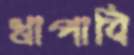
খাপাবি